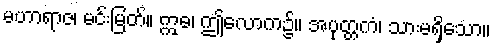
မဟာရာဇ၊ မင်းမြတ်။ ဣဓ၊ ဤလောက၌။ အပုတ္တကံ၊ သားမရှိသော။